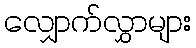
လျှောက်လွှာများ